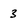
Character: 3